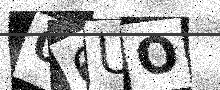
Text: 06UO